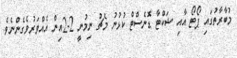
މުބާރާތުގައި ޕޯޓޯ އާއި ޝަކްޓާ ޑޮނެސްޓް ކުޅުނު މެޗު ނިމުނީ 2-2އިން އެއްވަރުވެގެންނެވެ.